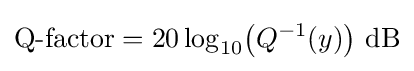
\mathrm {Q{\text{-}}factor} =20\log _{10}\!\left(Q^{-1}(y)\right)\!~\mathrm {dB}